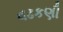
વઢકણી